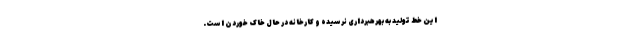
این خط تولید به بهرهبرداری نرسیده و کارخانه در حال خاک خوردن است.